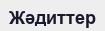
Жәдиттер